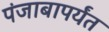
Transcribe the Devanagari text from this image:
पंजाबापर्यंत